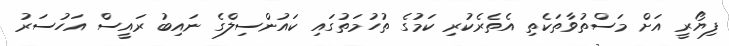
ފިޔޯރީ އަށް މަސްތުވާތަކެތި އެތެރެކުރި ކަމުގެ ތުހުމަތުގައި ކައުންސިލްގެ ނައިބު ރައީސް އަހުސަރު